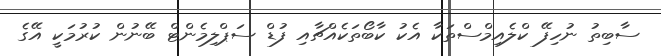
ސާބިތު ނުހިފޭ ކްލެއިމްސްތަކާ އެކު ކާބޯތަކެއްޗާއި ފުޑް ސަޕްލިމެންޓް ބޭނުން ކުރުމަކީ އޭގެ